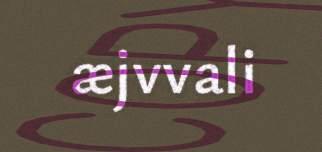
æjvvali